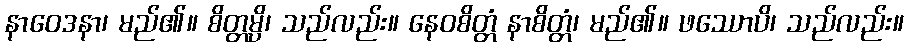
နာဝေဒနာ၊ မည်၏။ စိတ္တမ္ပိ၊ သည်လည်း။ နေဝစိတ္တံ နာစိတ္တံ၊ မည်၏။ ဖဿောပိ၊ သည်လည်း။